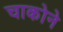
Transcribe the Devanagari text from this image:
चाकोने